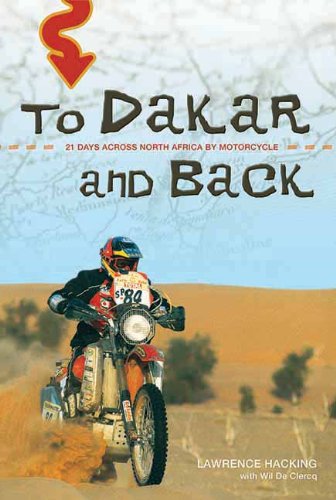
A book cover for To Dakar and Back: 21 Days Across North Africa by Motorcycle; Lawrence Hacking; Sports & Outdoors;